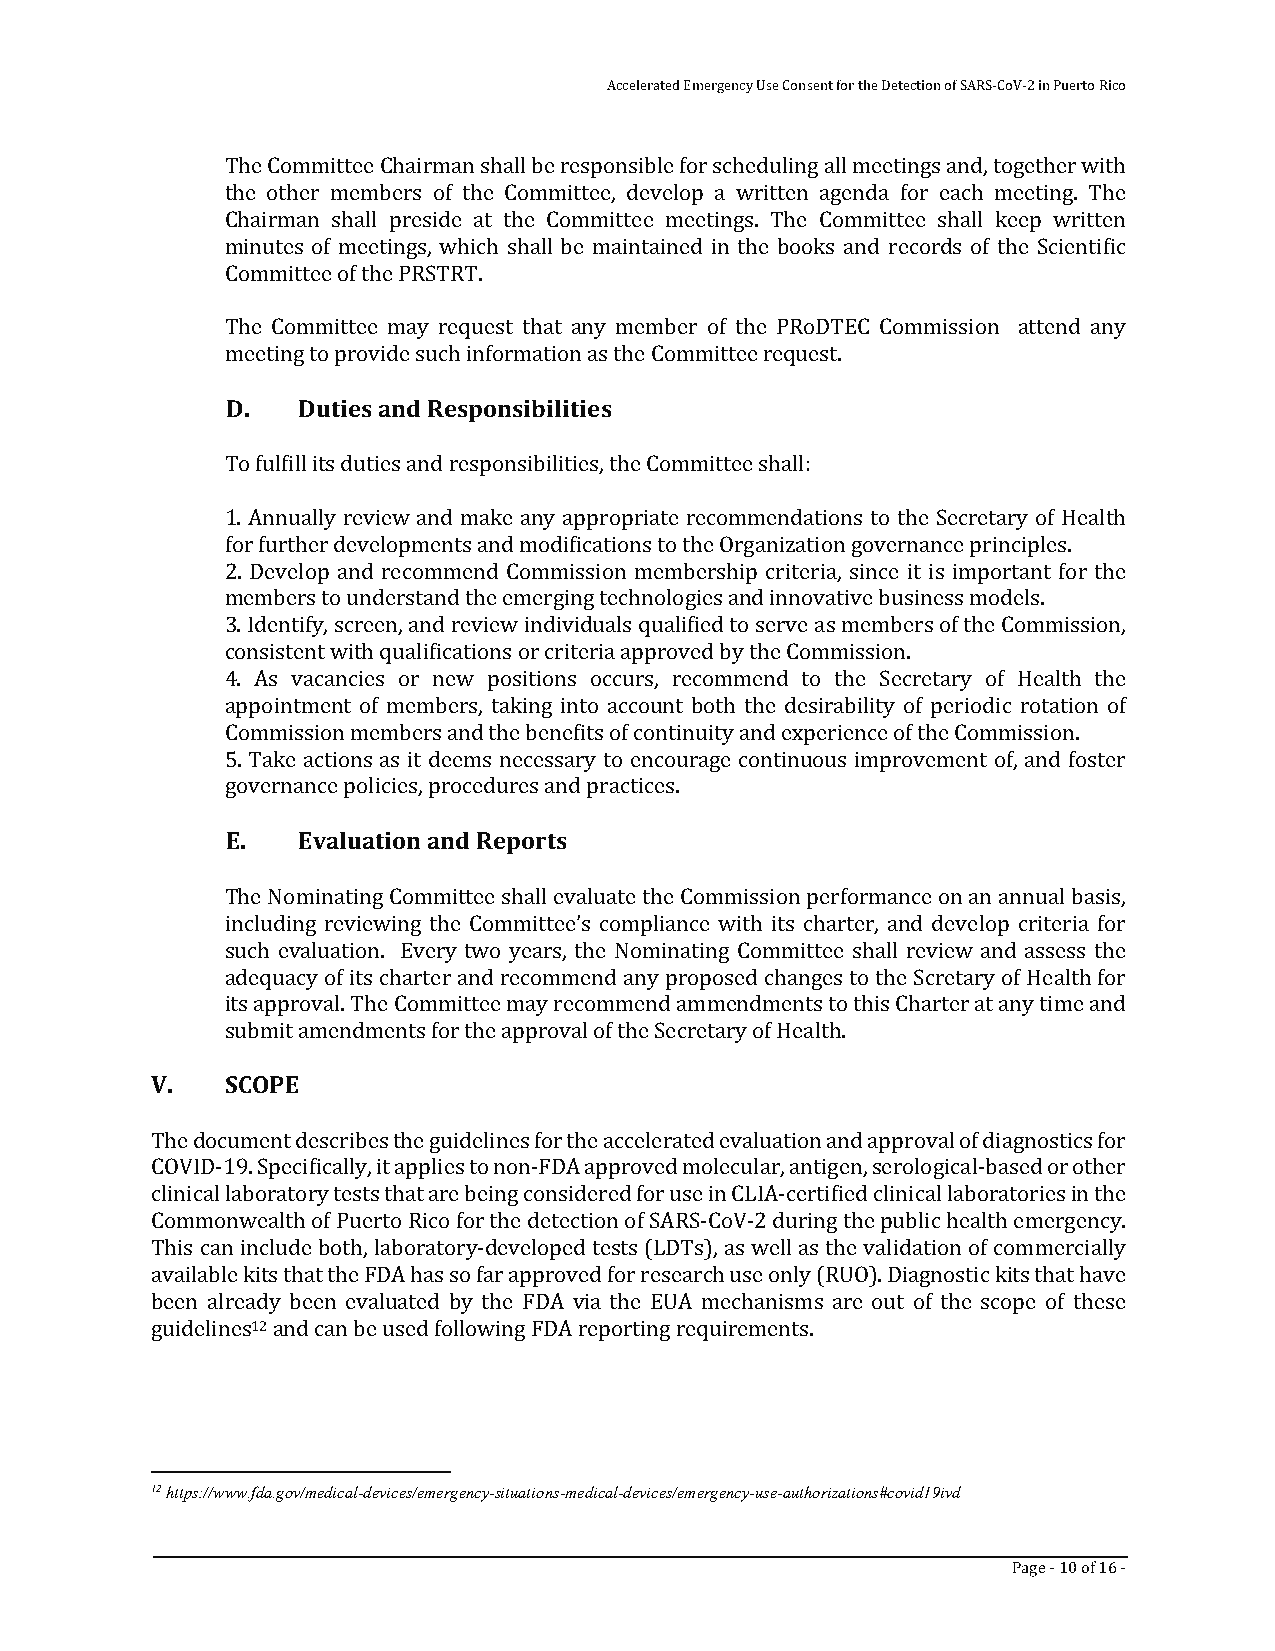
Accelerated Emergency Use Consent for the Detection of SARS-CoV-2 in Puerto Rico
 The Committee Chairman shall be responsible for scheduling all meetings and, together with
 the other members of the Committee, develop a written agenda for each meeting. The
 Chairman shall preside at the Committee meetings. The Committee shall keep written
 minutes of meetings, which shall be maintained in the books and records of the Scientific
 Committee of the PRSTRT.
 The Committee may request that any member of the PRoDTEC Commission attend any
 meeting to provide such information as the Committee request.
 D.   Duties and Responsibilities
 To fulfill its duties and responsibilities, the Committee shall:
 1. Annually review and make any appropriate recommendations to the Secretary of Health
 for further developments and modifications to the Organization governance principles.
 2. Develop and recommend Commission membership criteria, since it is important for the
 members to understand the emerging technologies and innovative business models.
 3. Identify, screen, and review individuals qualified to serve as members of the Commission,
 consistent with qualifications or criteria approved by the Commission.
 4. As vacancies or new positions occurs, recommend to the Secretary of Health the
 appointment of members, taking into account both the desirability of periodic rotation of
 Commission members and the benefits of continuity and experience of the Commission.
 5. Take actions as it deems necessary to encourage continuous improvement of, and foster
 governance policies, procedures and practices.
 E.   Evaluation and Reports
 The Nominating Committee shall evaluate the Commission performance on an annual basis,
 including reviewing the Committee’s compliance with its charter, and develop criteria for
 such evaluation. Every two years, the Nominating Committee shall review and assess the
 adequacy of its charter and recommend any proposed changes to the Scretary of Health for
 its approval. The Committee may recommend ammendments to this Charter at any time and
 submit amendments for the approval of the Secretary of Health.
 V.   SCOPE
 The document describes the guidelines for the accelerated evaluation and approval of diagnostics for
 COVID-19. Specifically, it applies to non-FDA approved molecular, antigen, serological-based or other
 clinical laboratory tests that are being considered for use in CLIA-certified clinical laboratories in the
 Commonwealth of Puerto Rico for the detection of SARS-CoV-2 during the public health emergency.
 This can include both, laboratory-developed tests (LDTs), as well as the validation of commercially
 available kits that the FDA has so far approved for research use only (RUO). Diagnostic kits that have
 been already been evaluated by the FDA via the EUA mechanisms are out of the scope of these
 guidelines12 and can be used following FDA reporting requirements.
 12 https://www.fda.gov/medical-devices/emergency-situations-medical-devices/emergency-use-authorizations#covid19ivd
 Page - 10 of 16 -